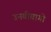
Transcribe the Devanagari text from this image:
उनबीवागो